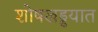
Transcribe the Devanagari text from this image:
शोषखड्डयात